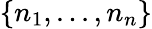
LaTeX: \{ n_{1},...,n_{n}\}